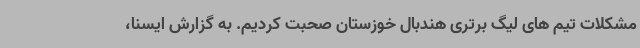
مشکلات تیم های لیگ برتری هندبال خوزستان صحبت کردیم. به گزارش ایسنا،